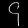
Digit: ၄